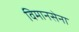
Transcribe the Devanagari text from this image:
विमानसेना